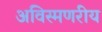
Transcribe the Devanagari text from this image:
अविस्मणरीय